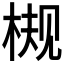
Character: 𬃀